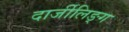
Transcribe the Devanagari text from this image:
दार्जीलिङ्ग